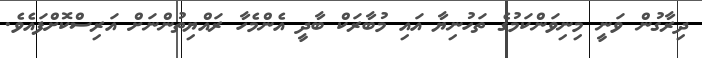
ދިރާގުން ވަނީ މިނިވަންކަމުގެ ތަހުނިޔާ އައި މުބާރަކް ބާދީ އެންމެހާ ރައްޔިތުންނަށް އަރިސްކޮށްފައެވެ.